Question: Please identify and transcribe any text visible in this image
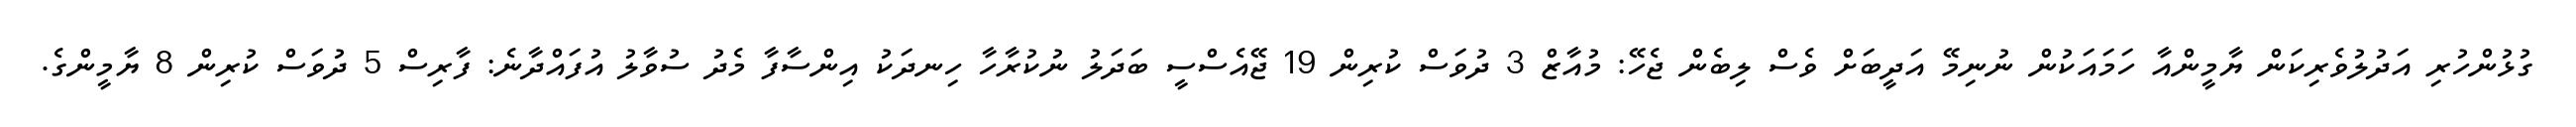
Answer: ގުޅުންހުރި އަދުލުވެރިކަން ޔާމީންއާ ހަމައަކުން ނުނިމޭ އަދީބަށް ވެސް ލިބެން ޖެހޭ: މުއާޒް 3 ދުވަސް ކުރިން 19 ޖޭއެސްސީ ބަދަލު ނުކުރާހާ ހިނދަކު އިންސާފާ މެދު ސުވާލު އުފައްދާނެ: ފާރިސް 5 ދުވަސް ކުރިން 8 ޔާމީންގެ.